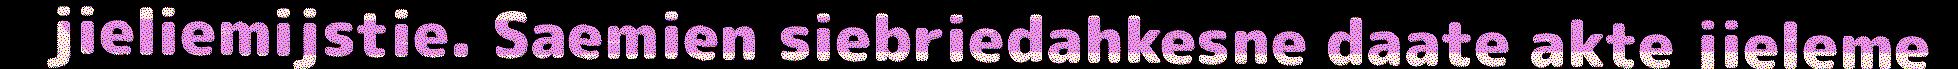
jieliemijstie. Saemien siebriedahkesne daate akte jieleme